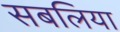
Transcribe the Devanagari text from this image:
सबलिया